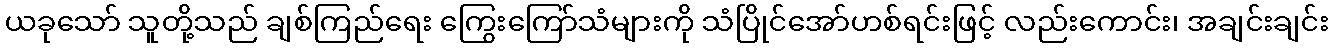
ယခုသော် သူတို့သည် ချစ်ကြည်ရေး ကြွေးကြော်သံများကို သံပြိုင်အော်ဟစ်ရင်းဖြင့် လည်းကောင်း၊ အချင်းချင်း